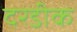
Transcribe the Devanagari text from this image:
दरडीक